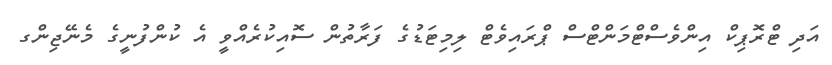
އަދި ޓްރޮޕިކް އިންވެސްޓްމަންޓްސް ޕްރައިވެޓް ލިމިޓަޑުގެ ފަރާތުން ސޮއިކުރެއްވީ އެ ކުންފުނީގެ މެނޭޖިންގ